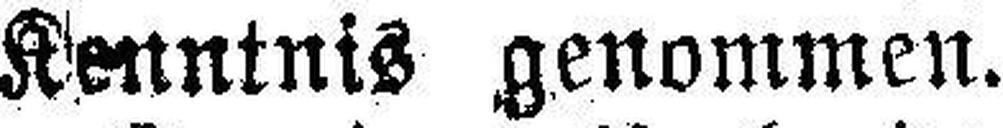
Kenntnis genommen.